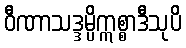
ဝီဏာသဒ္ဒမ္ပိဣစ္စာဒီသုပိ